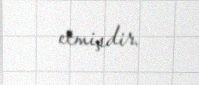
etmişdir.